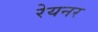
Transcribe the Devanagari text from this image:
रेयनर